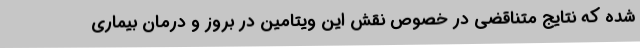
شده که نتایج متناقضی در خصوص نقش این ویتامین در بروز و درمان بیماری